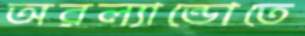
অরল্যান্ডোতে